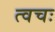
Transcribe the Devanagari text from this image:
त्वचः